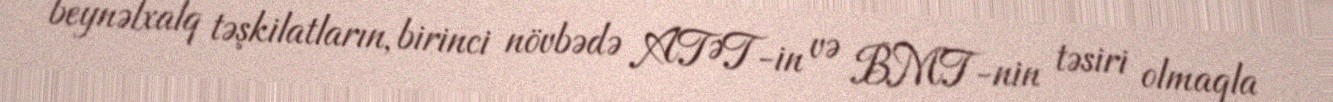
beynəlxalq təşkilatların, birinci növbədə ATƏT-in və BMT-nin təsiri olmaqla